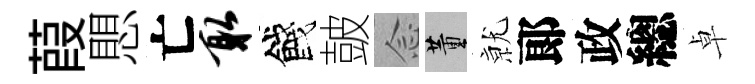
葭愳亡取餞皷𫝹董𭕒郞政總卓